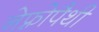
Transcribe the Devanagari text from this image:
नेफ़्रोपैथी